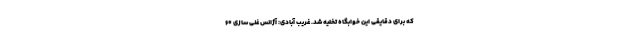
که برای دقایقی این خوابگاه تخلیه شد. غریب آبادی: آژانس غنی سازی ۶۰